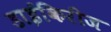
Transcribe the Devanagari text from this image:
डाईकिरीज